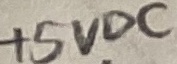
Text: +5VDC